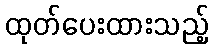
ထုတ်ပေးထားသည့်